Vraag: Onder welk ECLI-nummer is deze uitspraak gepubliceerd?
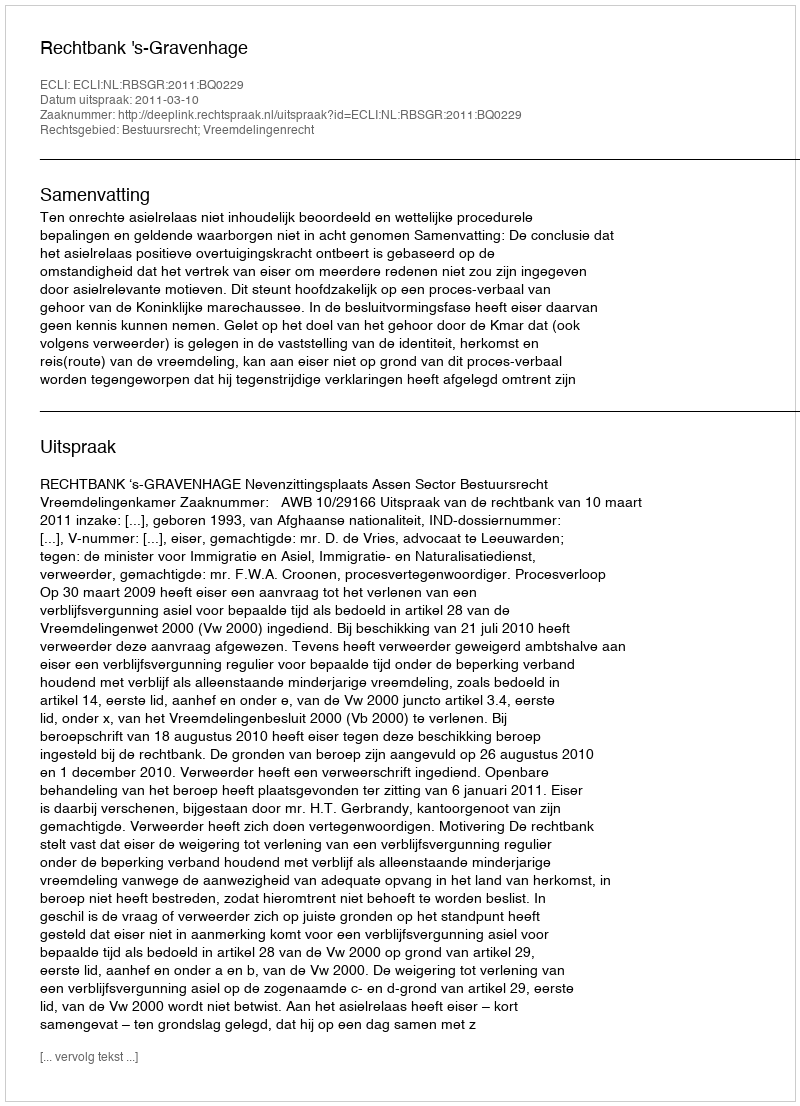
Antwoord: ECLI:NL:RBSGR:2011:BQ0229